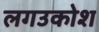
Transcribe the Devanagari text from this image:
लगउकोश